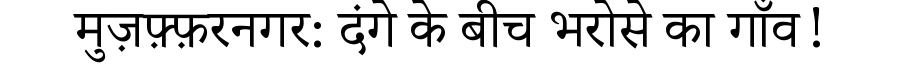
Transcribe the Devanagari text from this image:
मुज़फ़्फ़रनगर: दंगे के बीच भरोसे का गाँव!